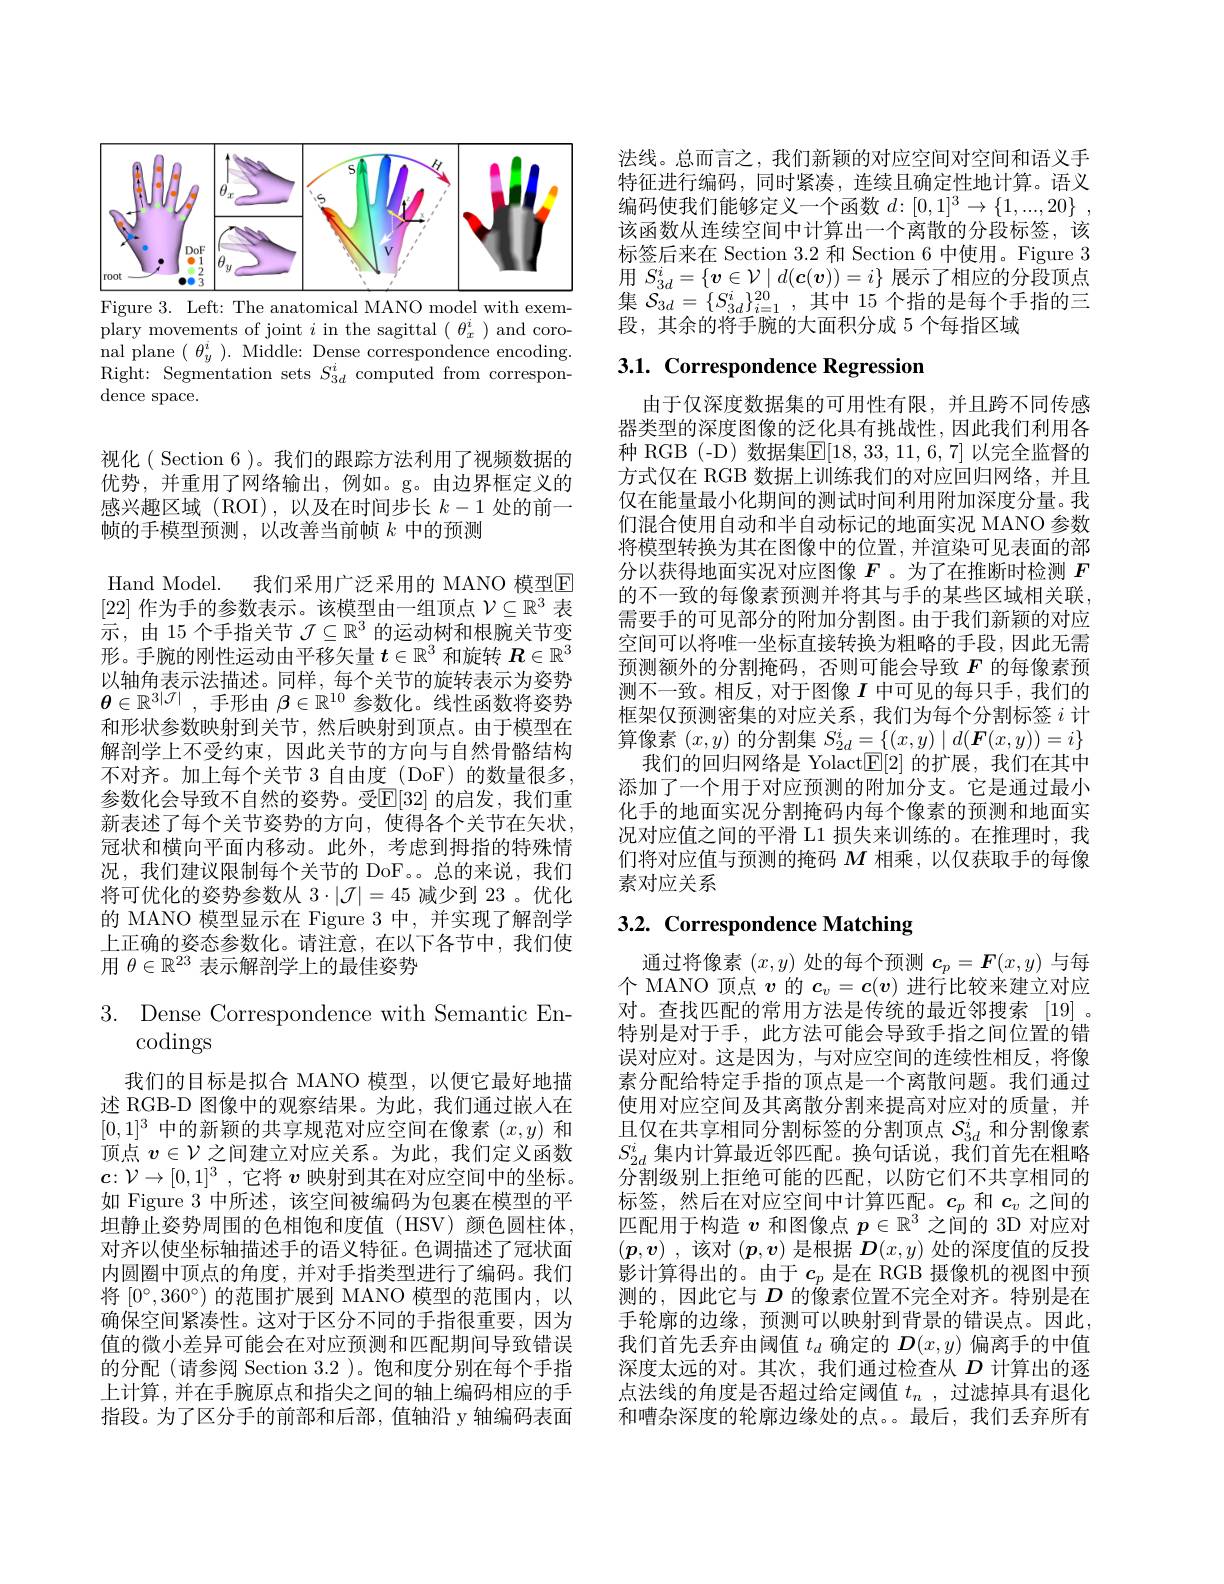
<FigureHere>
Figure 3. Left: The anatomical MANO model with exem-

plary movements of joint $i$ in the sagittal $(\theta_x^i)$ and coro- $\begin{array}{ll}{\mathrm{nal~plane~}(\theta_{y}^{i}).~\mathrm{Middle:~Dense~correspondence~encoding}}\\{\mathrm{P}_{y}^{i}}\end{array}$ Right: Segmentation sets $S_{3d}^{i}$ computed from correspondence space.

视化( Section 6)。我们的跟踪方法利用了视频数据的优势，并重用了网络输出，例如。g。由边界框定义的感兴趣区域(ROI),以及在时间步长$k-1$处的前一帧的手模型预测，以改善当前帧$k$中的预测
Hand Model. 我们采用广泛采用的 MANO 模型E [22]作为手的参数表示。该模型由一组顶点$\mathcal{V}\subseteq\mathbb{R}^3$表示，由 15 个手指关节$\mathcal{J}\subseteq\mathbb{R}^3$的运动树和根腕关节变形。手腕的刚性运动由平移矢量$t\in\mathbb{R}^3$和旋转$\boldsymbol{R}\in\mathbb{R}^3$ 以轴角表示法描述。同样，每个关节的旋转表示为姿势$\boldsymbol{\theta}\in\mathbb{R}^{3|\mathcal{J}|}$ ,手形由$\beta\in\mathbb{R}^10$参数化。线性函数将姿势和形状参数映射到关节，然后映射到顶点。由于模型在解剖学上不受约束，因此关节的方向与自然骨骼结构不对齐。加上每个关节 3 自由度 (DoF) 的数量很多， 参数化会导致不自然的姿势。受$\mathbb{E}[32]$ 的启发，我们重新表述了每个关节姿势的方向，使得各个关节在矢状， 冠状和横向平面内移动。此外，考虑到拇指的特殊情况，我们建议限制每个关节的 DoF。。总的来说，我们将可优化的姿势参数从$3\cdot|\mathcal{J}|=45$减少到 23。优化的 MANO 模型显示在 Figure 3 中，并实现了解剖学上正确的姿态参数化。请注意，在以下各节中，我们使用$\theta\in\mathbb{R}^{23}$表示解剖学上的最佳姿势

3. Dense Correspondence with Semantic En-
# codings

我们的目标是拟合 MANO 模型，以便它最好地描述 RGB-D 图像中的观察结果。为此，我们通过嵌人在$[0,1]^3$中的新颖的共享规范对应空间在像素$(x,y)$和顶点$v\in\mathcal{V}$之间建立对应关系。为此，我们定义函数$\boldsymbol{c}:\mathcal{V}\to[0,1]^3$ ,它将$v$映射到其在对应空间中的坐标。如 Figure 3 中所述，该空间被编码为包裹在模型的平坦静止姿势周围的色相饱和度值(HSV)颜色圆柱体， 对齐以使坐标轴描述手的语义特征。色调描述了冠状面内圆圈中顶点的角度，并对手指类型进行了编码。我们将$[0^\circ,360^\circ)$的范围扩展到 MANO 模型的范围内，以确保空间紧凑性。这对于区分不同的手指很重要，因为值的微小差异可能会在对应预测和匹配期间导致错误的分配(请参阅 Section 3.2 )。饱和度分别在每个手指上计算，并在手腕原点和指尖之间的轴上编码相应的手指段。为了区分手的前部和后部，值轴沿 y 轴编码表面

法线。总而言之，我们新颖的对应空间对空间和语义手特征进行编码，同时紧凑，连续且确定性地计算。语义编码使我们能够定义一个函数$d:[0,1]^3\to\{1,...,20\}~$, 该函数从连续空间中计算出一个离散的分段标签，该标签后来在 Section 3.2 和 Section 6 中使用。Figure 3用$S_{3d}^i=\{\boldsymbol{v}\in\mathcal{V}\mid d(\boldsymbol{c}(\boldsymbol{v}))=i\}$展示了相应的分段顶点集$\mathcal{S}_{3d}^{0a}=\{S_{3d}^{i}\}_{i=1}^{20}$,其中 15 个指的是每个手指的三段，其余的将手腕的大面积分成 5 个每指区域

# 3.1. Correspondence Regression

由于仅深度数据集的可用性有限，并且跨不同传感器类型的深度图像的泛化具有挑战性，因此我们利用各种 RGB (-D) 数据集$\mathbb{E}[18,33,11,6,7]$ 以完全监督的方式仅在 RGB 数据上训练我们的对应回归网络，并且仅在能量最小化期间的测试时间利用附加深度分量。我们混合使用自动和半自动标记的地面实况 MANO 参数将模型转换为其在图像中的位置，并渲染可见表面的部分以获得地面实况对应图像$F$ 。为了在推断时检测$F$ 的不一致的每像素预测并将其与手的某些区域相关联， 需要手的可见部分的附加分割图。由于我们新颖的对应空间可以将唯一坐标直接转换为粗略的手段，因此无需预测额外的分割掩码，否则可能会导致$F$的每像素预测不一致。相反，对于图像$I$中可见的每只手，我们的框架仅预测密集的对应关系，我们为每个分割标签$i$计算像素$(x,y)$的分割集$S_2d^i=\{(x,y)\mid d(\boldsymbol{F}(x,y))=i\}$
我们的回归网络是 YolactE[ 2] 的扩展，我们在其中添加了一个用于对应预测的附加分支。它是通过最小化手的地面实况分割掩码内每个像素的预测和地面实况对应值之间的平滑 L1 损失来训练的。在推理时，我们将对应值与预测的掩码$M$相乘，以仅获取手的每像素对应关系

# 3.2. Correspondence Matching

通过将像素$(x,y)$处的每个预测$c_p=\boldsymbol{F}(x,y)$与每个 MANO 顶点$v$的$c_v=\boldsymbol{c}(v)$进行比较来建立对应对。查找匹配的常用方法是传统的最近邻搜索[19] 。特别是对于手，此方法可能会导致手指之间位置的错误对应对。这是因为，与对应空间的连续性相反，将像素分配给特定手指的顶点是一个离散问题。我们通过使用对应空间及其离散分割来提高对应对的质量，并且仅在共享相同分割标签的分割顶点$S_{3d}^i$和分割像素$S_{2d}^i$集内计算最近邻匹配。换句话说，我们首先在粗略$\bar{\text{分割级别上拒绝可能的匹配，以防它们不共享相同的}}$ 标签，然后在对应空间中计算匹配。$c_p$和$c_v$之间的匹配用于构造$v$和图像点$p\in\mathbb{R}^3$之间的 3D 对应对$(\boldsymbol{p},\boldsymbol{v})$ ,该对$(\boldsymbol{p},\boldsymbol{v})$是根据$\boldsymbol{D}(x,y)$处的深度值的反投影计算得出的。由于$c_p$是在 RGB 摄像机的视图中预测的，因此它与$D$的像素位置不完全对齐。特别是在手轮廓的边缘，预测可以映射到背景的错误点。因此， 我们首先丢弃由阈值$t_d$确定的$\boldsymbol{D}(x,y)$偏离手的中值深度太远的对。其次，我们通过检查从$D$计算出的逐点法线的角度是否超过给定阈值$t_n$ , 过滤掉具有退化和嘈杂深度的轮廓边缘处的点。。最后，我们丢弃所有